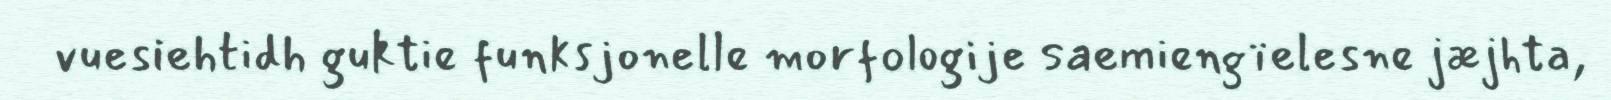
vuesiehtidh guktie funksjonelle morfologije saemiengïelesne jæjhta,